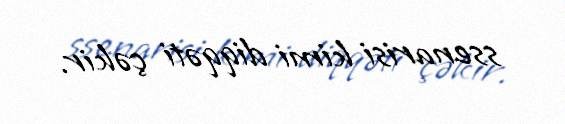
ssenarisi kimi diqqəti çəkir.